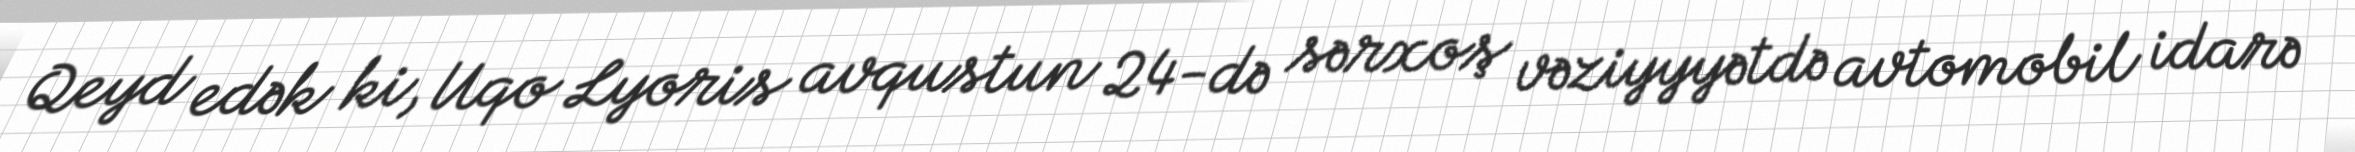
Qeyd edək ki, Uqo Lyoris avqustun 24-də sərxoş vəziyyyətdə avtomobil idarə